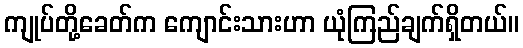
ကျုပ်တို့ခေတ်က ကျောင်းသားဟာ ယုံကြည်ချက်ရှိတယ်။